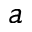
a